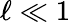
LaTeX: \ell\ll 1